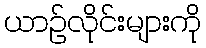
ယာဉ်လိုင်းများကို